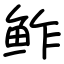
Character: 鲊